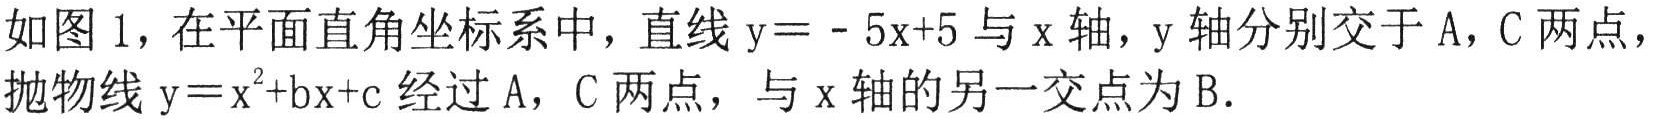
如图 1，在平面直角坐标系中，直线 \(y = - 5x + 5\) 与 \(x\) 轴，\(y\) 轴分别交于 \(A\)，\(C\) 两点，抛物线 \(y = x^{2}+bx + c\) 经过 \(A\)，\(C\) 两点，与 \(x\) 轴的另一交点为 \(B\).